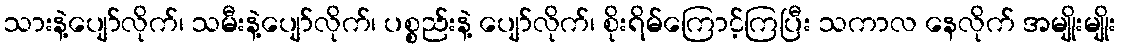
သားနဲ့ပျော်လိုက်၊ သမီးနဲ့ပျော်လိုက်၊ ပစ္စည်းနဲ့ ပျော်လိုက်၊ စိုးရိမ်ကြောင့်ကြပြီး သကာလ နေလိုက် အမျိုးမျိုး